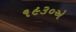
૧૯૩૦એ